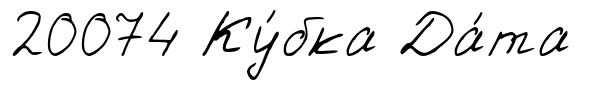
20074 Ку́бка Да́та